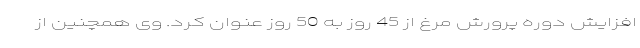
افزایش دوره پرورش مرغ از 45 روز به 50 روز عنوان کرد. وی همچنین از